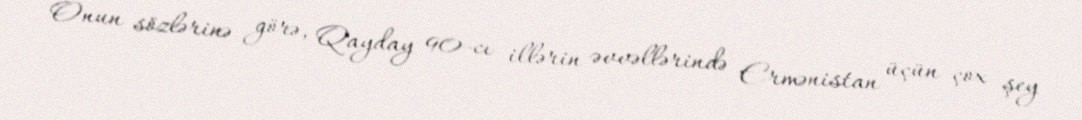
Onun sözlərinə görə, Qayday 90-cı illərin əvvəllərində Ermənistan üçün çox şey